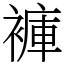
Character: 褲